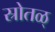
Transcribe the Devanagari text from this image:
स्रोतळ्